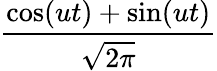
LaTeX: \frac{\cos(ut)+\sin(ut)}{\sqrt{2\pi}}